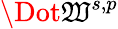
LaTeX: \Dot{\mathfrak{W}}^{s,p}